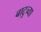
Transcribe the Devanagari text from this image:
बाटुच्या